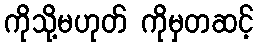
ကိုသို့မဟုတ် ကိုမှတဆင့်